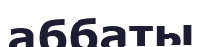
аббаты